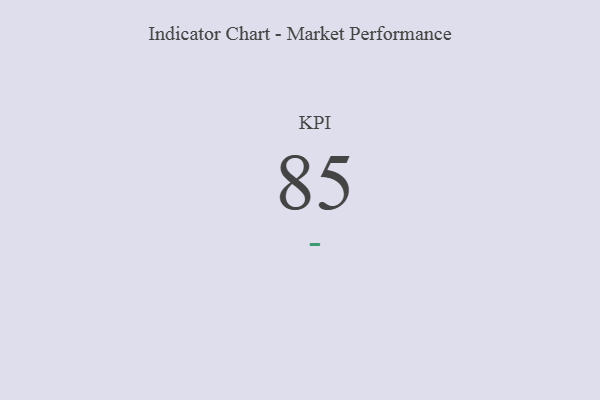
{"axis": {"x": "KPI", "y": "Value"}, "legend": [""], "data": [{"x": "KPI", "y": 85, "type": ""}]}